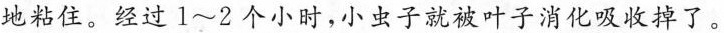
地粘住。经过1~2个小时，小虫子就被叶子消化吸收掉了。